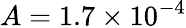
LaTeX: A=1.7\times 10^{-4}